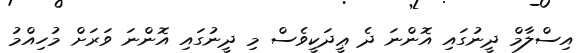
އިސްލާމް ދީނުގައި އޮންނަ ދެ ޢީދަކީވެސް މި ދީނުގައި އޮންނަ ވަރަށް މުހިއްމު